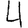
Digit: 4